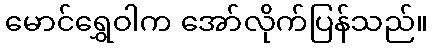
မောင်ရွှေဝါက အော်လိုက်ပြန်သည်။